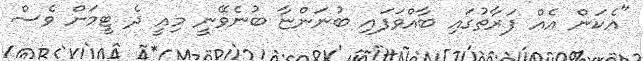
"އެކަން އެއް ފަރާތުގައި ބާއްވަފައި ބުނަންޏާ ބުނެވޭނީ މިއީ ދެ ޓީމަށް ވެސް